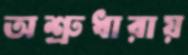
অশ্রুধারায়